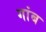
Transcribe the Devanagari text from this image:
गांब